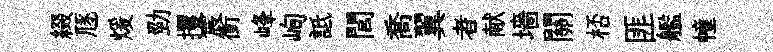
綴豗煖勁攫宸衝峰峋詆閭喬翼者献墻關桮匪艦幢